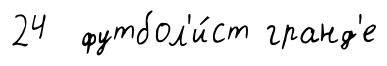
24 футбол'и́ст гранд'е